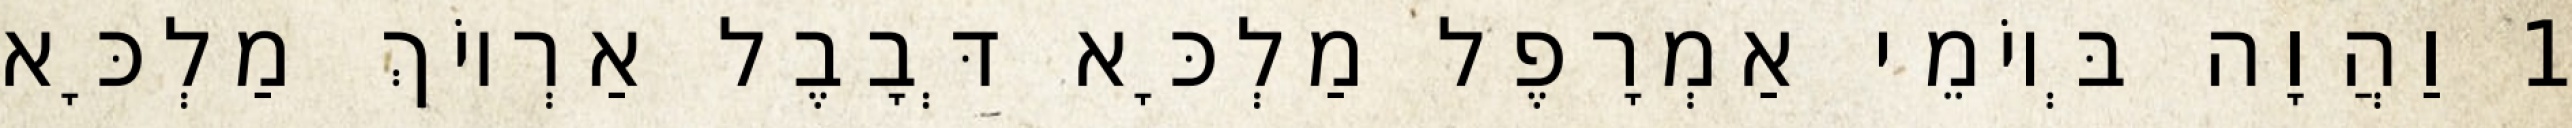
1 וַהֲוָה בְּיוֹמֵי אַמְרָפֶל מַלְכָּא דְּבָבֶל אַרְיוֹךְ מַלְכָּא